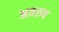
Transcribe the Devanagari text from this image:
अवरुप